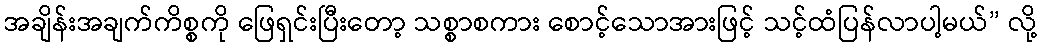
အချိန်းအချက်ကိစ္စကို ဖြေရှင်းပြီးတော့ သစ္စာစကား စောင့်သောအားဖြင့် သင့်ထံပြန်လာပါ့မယ်” လို့